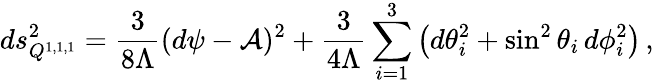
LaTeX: ds_{Q^{1,1,1}}^{2}=\frac{3}{8\Lambda}(d\psi-{\cal A})^{2}+\frac{3}{4\Lambda}\sum_{i=1}^{3}\left(d\theta_{i}^{2}+\sin^{2}\theta_{i}\, d\phi_{i}^{2}\right)\, ,